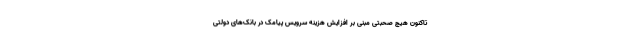
تاکنون هیچ صحبتی مبنی بر افزایش هزینه سرویس پیامک در بانک‌های دولتی